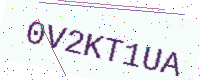
Text: 0V2KT1UA